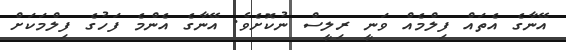
އޭނާގެ އެތައް ފިލްމެއް ވަނީ ރިލީސް ނުކޮށެވެ. އޭނާގެ އެންމެ ފަހުގެ ފިލްމަކަށް